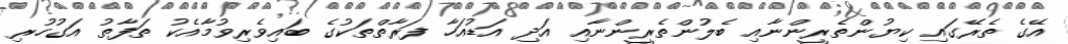
އޭގެ ތެރޭގައި ކިޔުންތެރީންނާއި ބެލުންތެރީންނާއި އަދި އަޑުއަހާ ފަރާތްތަކުގެ ބައިވެރިވުމާއެކު ތަފާތު އަގުހުރި